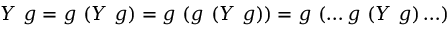
Y \ g = g \ ( Y \ g ) = g \ ( g \ ( Y \ g ) ) = g \ ( \ldots g \ ( Y \ g ) \ldots )